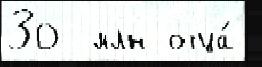
30  млн отца́